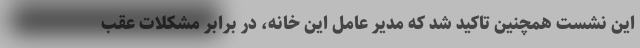
این نشست همچنین تاکید شد که مدیر عامل این خانه، در برابر مشکلات عقب